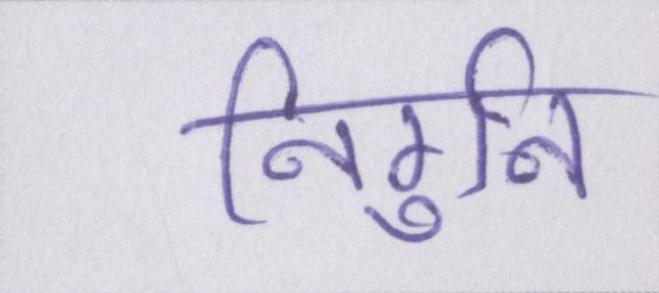
निर्गुन